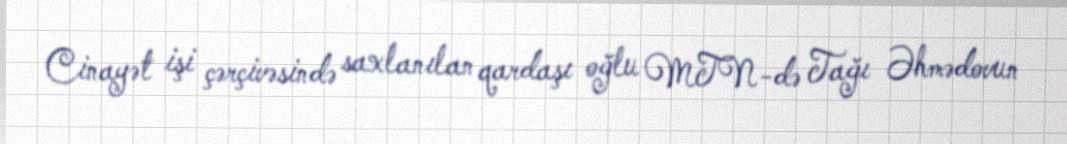
Cinayət işi çərçivəsində saxlanılan qardaşı oğlu MTN-də Tağı Əhmədovun